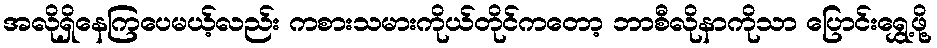
အလိုရှိနေကြပေမယ့်လည်း ကစားသမားကိုယ်တိုင်ကတော့ ဘာစီလိုနာကိုသာ ပြောင်းရွှေ့ဖို့